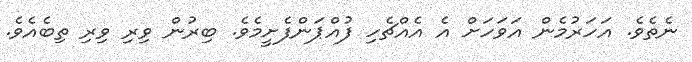
ނެތެވެ. އަހަރުމެން އަވަހަށް އެ އެއްޗެހި ފުއްޕަންފެށީމެވެ. ބިރުން ވިރި ވިރި ތިބެއެވެ.